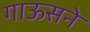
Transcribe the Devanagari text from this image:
गाऊसने